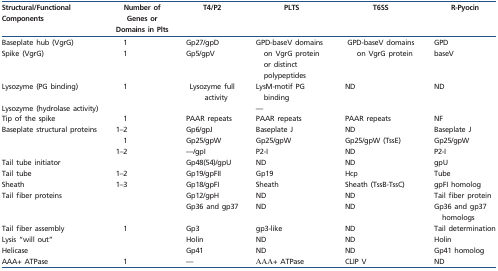
| Structural/Functional Components | Number of Genes or Domains in Plts | T4/P2 | PLTS | T6SS | R-Pyocin |
 | --- | --- | --- | --- | --- | --- |
 | Baseplate hub (VgrG) | 1 | Gp27/gpD | <ROWSPAN=2> GPD-baseV domains on VgrG protein or distinct polypeptides | <ROWSPAN=2> GPD-baseV domains on VgrG protein | GPD |
 | Spike (VgrG) | 1 | Gp5/gpV | baseV |
 | Lysozyme (PG binding) | <ROWSPAN=2> 1 | <ROWSPAN=2> Lysozyme full activity | LysM-motif PG binding | <ROWSPAN=2> ND | <ROWSPAN=2> ND |
 | Lysozyme (hydrolase activity) | — |
 | Tip of the spike | 1 | PAAR repeats | PAAR repeats | PAAR repeats | NF |
 | <ROWSPAN=3> Baseplate structural proteins | 1–2 | Gp6/gpJ | Baseplate J | ND | Baseplate J |
 | 1 | Gp25/gpW | Gp25/gpW | Gp25/gpW (TssE) | Gp25/gpW |
 | 1–2 | —/gpI | P2-I | ND | P2-I |
 | Tail tube initiator |  | Gp48(54)/gpU | ND | ND | gpU |
 | Tail tube | 1–2 | Gp19/gpFII | Gp19 | Hcp | Tube |
 | Sheath | 1–3 | Gp18/gpFI | Sheath | Sheath (TssB-TssC) | gpFI homolog |
 | <ROWSPAN=2> Tail fiber proteins |  | Gp12/gpH | ND | ND | Tail fiber protein |
 |  | Gp36 and gp37 | ND | ND | Gp36 and gp37 homologs |
 | Tail fiber assembly | 1 | Gp3 | gp3-like | ND | Tail determination |
 | Lysis “will out” |  | Holin | ND | ND | Holin |
 | Helicase |  | Gp41 | ND | ND | Gp41 homolog |
 | AAA+ ATPase | 1 | — | ΑΑΑ+ ATPase | CLIP V | ND |